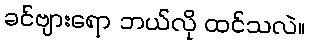
ခင်ဗျားရော ဘယ်လို ထင်သလဲ။